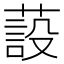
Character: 蔎